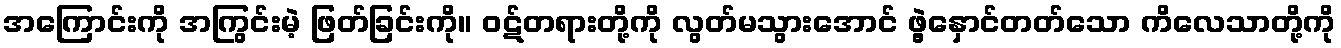
အကြောင်းကို အကြွင်းမဲ့ ဖြတ်ခြင်းကို။ ဝဋ်တရားတို့ကို လွတ်မသွားအောင် ဖွဲ့နှောင်တတ်သော ကိလေသာတို့ကို